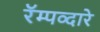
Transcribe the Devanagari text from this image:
रॅम्पव्दारे